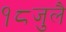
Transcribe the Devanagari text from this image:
१८जुलै